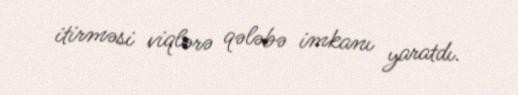
itirməsi viqlərə qələbə imkanı yaratdı.